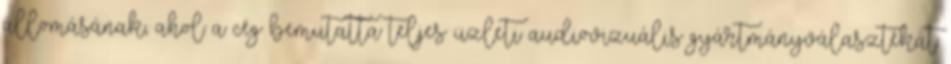
állomásának, ahol a cég bemutatta teljes üzleti audiovizuális gyártmányválasztékát